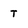
Character: T